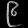
Digit: ၉